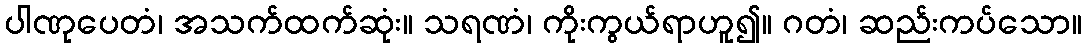
ပါဏုပေတံ၊ အသက်ထက်ဆုံး။ သရဏံ၊ ကိုးကွယ်ရာဟူ၍။ ဂတံ၊ ဆည်းကပ်သော။